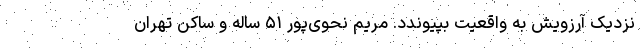
نزدیک آرزویش به واقعیت بپیوندد. مریم نحوی‌پور ۵۱ ساله و ساکن تهران